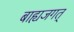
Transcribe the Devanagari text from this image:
बाह्यजगत्‌